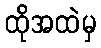
ထိုအထဲမှ